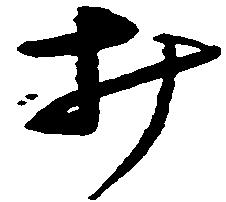
み